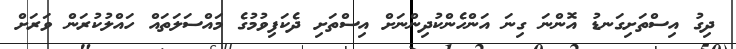
ދިގު އިސްތަށިގަނޑު އޮންނަ ގިނަ އަންހެންކުދިންނަށް އިސްތަށި ދެކަފިވުމުގެ މައްސަލަތައް ހައްލުކުރަން ވަރަށް